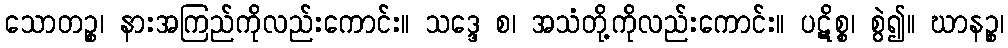
သောတဉ္စ၊ နားအကြည်ကိုလည်းကောင်း။ သဒ္ဒေ စ၊ အသံတို့ကိုလည်းကောင်း။ ပဋိစ္စ၊ စွဲ၍။ ဃာနဉ္စ၊